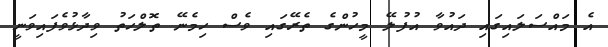
އެ މައްސަލައިގައި ދައުވާ އުފުލޭ މީހުންގެ ތެރޭގައި ވެސް ހިމެނޭ ތޮލްހަތު ވިދާޅުވެފައިވަނީ